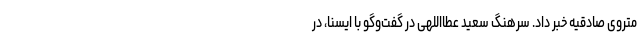
متروی صادقیه خبر داد. سرهنگ سعید عطااللهی در گفت‌وگو با ایسنا، در